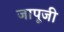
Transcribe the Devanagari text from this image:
जापूजी